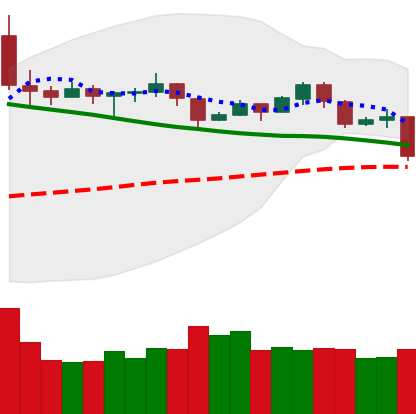
Ticker: TRX-USD
Chart end date: 2019-11-18
Forward return: -12.744%
Label: down_7plus